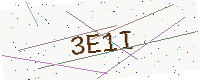
Text: 3E1I